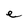
Character: e